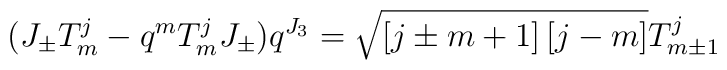
(J_{\pm} T_{m}^{j} - q^{m} T_{m}^{j} J_{\pm}) q^{J_{3}} =\sqrt{\left[ j \pm m + 1 \right] \left[j - m \right]} T_{m \pm 1}^{j}